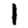
Digit: 1